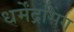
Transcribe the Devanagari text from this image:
धर्मेंद्रसिंग